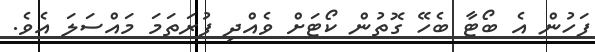
ފަހުން އެ ބޯޓާ ބެހޭ ގޮތުން ކޯޓަށް ވެއްދި ފުރަތަމަ މައްސަލަ އެވެ.